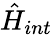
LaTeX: \hat{H}_{int}